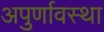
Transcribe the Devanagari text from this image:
अपुर्णावस्था